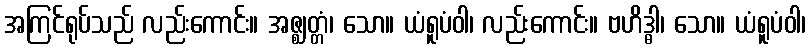
အကြင်ရုပ်သည် လည်းကောင်း။ အဇ္ဈတ္တံ၊ သော။ ယံရူပံဝါ၊ လည်းကောင်း။ ဗဟိဒ္ဓါ၊ သော။ ယံရူပံဝါ၊